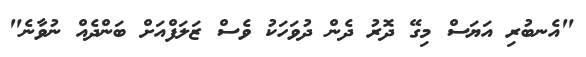
"އެނބުރި އަޔަސް މިގޭ ދޮރު ދެން ދުވަހަކު ވެސް ޒަލަފްއަށް ބަންދެއް ނުވާނެ"